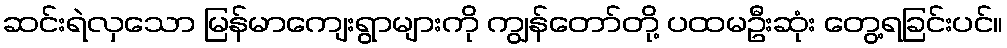
ဆင်းရဲလှသော မြန်မာကျေးရွာများကို ကျွန်တော်တို့ ပထမဦးဆုံး တွေ့ရခြင်းပင်။